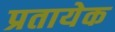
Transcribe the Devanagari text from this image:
प्रतायेक